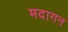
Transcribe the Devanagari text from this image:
मदागन